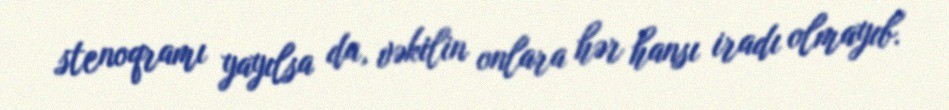
stenoqramı yayılsa da, vəkilin onlara hər hansı iradı olmayıb.